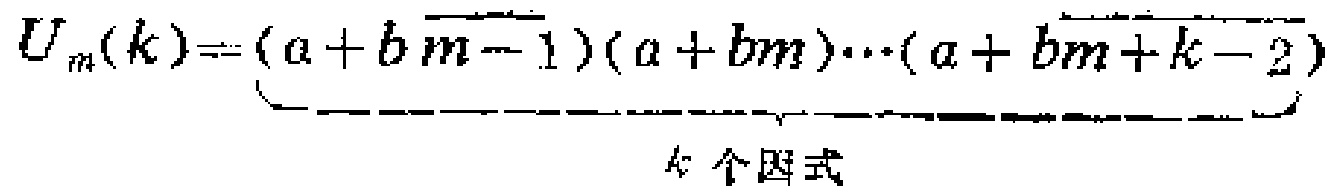
\[U_{m}(k)=\underbrace{(a + b\overline{m - 1})(a + bm)\cdots(a + b\overline{m + k - 2})}_{k \text{ 个因式}}\]